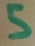
Text: 5